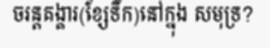
ចរន្តគង្គារ(ខ្សែទឹក)នៅក្នុង សមុទ្រ?